Vaccination Hyderabad 1872-1889 - 1872-1889
Year: 1872
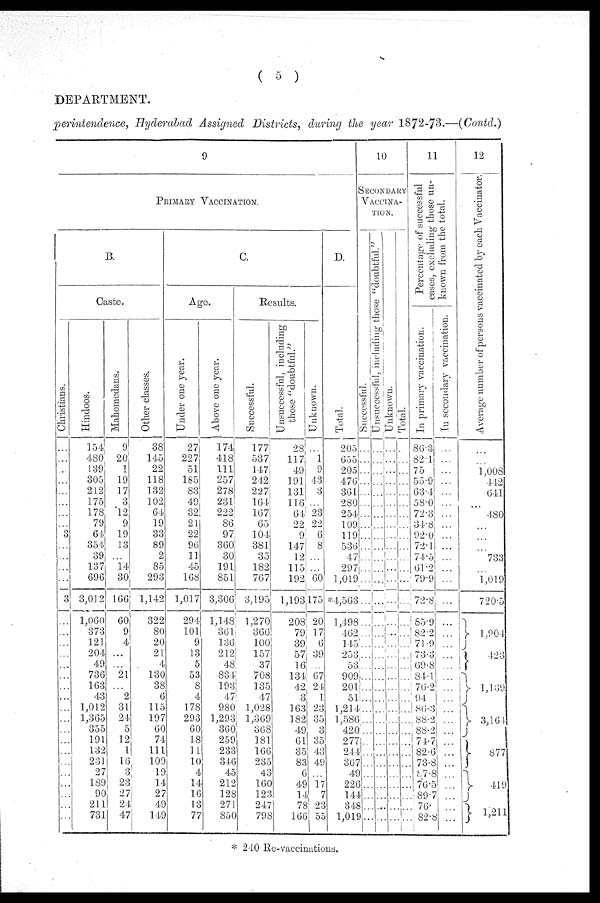
( 5 )
DEPARTMENT.
perintendence, Hyderabad Assigned Districts, during the year 1872-73.—(Contd.)
9
PRIMARY VACCINATION.
B.
Caste.
Christians.
...
...
...
...
...
...
...
...
3
...
...
...
...
3
...
...
...
...
...
...
...
...
...
...
...
...
...
...
...
...
...
...
...
Hindoos.
154
480
139
305
212
175
178
79
64
354
39
137
696
3,012
1,060
373
121
204
49
736
163
43
1,012
1,365
355
191
132
231
27
189
90
211
731
Mahomedans.
9
20
1
19
17
3
12
9
19
13
...
14
30
166
60
9
4
...
...
21
...
2
31
24
5
12
1
16
3
23
27
24
47
Other classes.
38
145
22
118
132
102
64
19
33
89
2
85
293
1,142
322
80
20
21
4
130
38
6
115
197
60
74
111
109
19
14
27
49
149
C.
Age.
Under one year.
27
227
51
185
83
49
32
21
22
96
11
45
168
1,017
294
101
9
13
5
53
8
4
178
293
60
18
11
10
4
14
16
13
77
Above one year.
174
418
111
257
278
231
222
86
97
360
30
191
851
3,306
1,148
361
136
212
48
834
193
47
980
1,293
360
259
233
346
45
212
128
271
850
Results.
Successful.
177
537
147
242
227
164
167
65
104
381
35
182
767
3,195
1,270
366
100
157
37
708
135
47
1,028
1,369
368
181
166
235
43
160
123
247
798
Unsuccessful, including
those "doubtful."
28
117
49
191
131
116
64
22
9
147
12
115
192
1,193,
208
79
39
57
16
134
42
3
163
182
49
61
35
83
6
49
14
78
166
Unknown.
...
1
9
43
3
...
23
22
6
8
...
...
60
175
20
17
6
39
...
67
24
1
23
35
3
35
43
49
...
17
7
23
55
D.
Total.
205.
655
205.
476.
361
280
254
109
119
536
47
297
1,019
*4,563
1,498
462
145
253
53
909
201
51
1,214
1,586
420
277
244
367
49
226
144
348
1,019
10
SECONDARY
VACCIAN-
----.
Successful.
...
...
...
...
...
...
...
...
...
...
...
...
...
...
...
...
...
...
...
...
...
...
...
...
...
...
...
...
...
...
...
...
...
Unsuccessful, including those "doubtful."
...
...
...
...
...
...
...
...
...
...
...
...
...
...
...
...
...
...
...
...
...
...
...
...
...
...
...
...
...
...
...
...
...
Unknown.
...
...
...
...
...
...
...
...
...
...
...
...
...
...
...
...
...
...
...
...
...
...
...
...
...
...
...
...
...
...
...
...
...
Total.
...
...
...
...
...
...
...
...
...
...
...
...
...
...
...
...
...
...
...
...
...
...
...
...
...
...
...
...
...
...
...
...
...
11
Percentage of successful
cases, excluding those un¬
known from the total.
In primary vaccination.
86.3
82.1
75
55.9
63.4
58.0
72.3
34.8
92.0
72.1
74.5
61.2
79.9
72.8
559
82.2
71.9
73.3
69.8
84.1
76.2
94
86.3
88.2
88.2
74.7
82.6
78.8
87.8
76.5
89.7
76.
82.8
In secondary vaccination.
...
...
...
...
...
...
...
...
...
...
...
...
...
...
...
...
...
...
...
...
...
...
...
...
...
...
...
...
...
...
...
...
...
12
Average number of persons vaccinated by each Vaccinator.
...
...
1,008
442
641
...
480
...
...
...
733
...
1,019
720.5
1,904
423
1,139
3,164
877
419
1,211
* 240 Re-vaccinations.